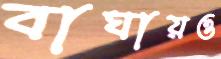
বাঘায়ও